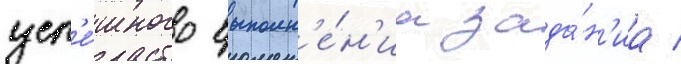
усп'е́шного выполн'е́н'иа зада́н'иа /